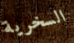
السخرية